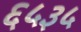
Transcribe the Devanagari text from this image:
६५३५